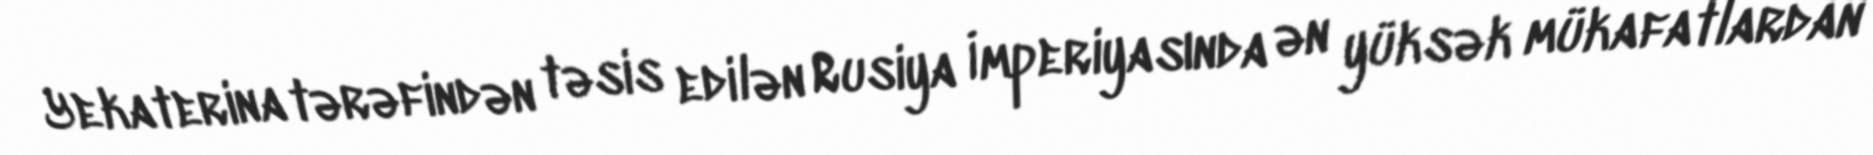
Yekaterina tərəfindən təsis edilən Rusiya İmperiyasında ən yüksək mükafatlardan